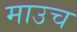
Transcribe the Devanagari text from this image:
माउच